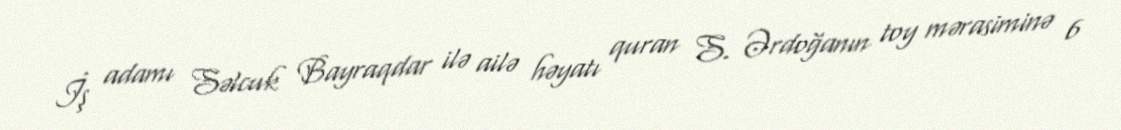
İş adamı Səlcuk Bayraqdar ilə ailə həyatı quran S. Ərdoğanın toy mərasiminə 6